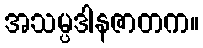
အသမ္ပဒါနဇာတက။